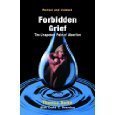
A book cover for Forbidden Grief: The Unspoken Pain of Abortion; Theresa Burke; Politics & Social Sciences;